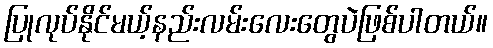
ပြုလုပ်နိုင်မယ့်နည်းလမ်းလေးတွေပဲဖြစ်ပါတယ်။